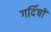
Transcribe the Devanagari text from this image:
गर्दिषों